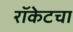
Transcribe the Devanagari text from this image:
रॉकेटचा